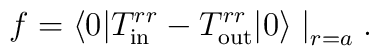
f =\langle 0|T^{rr}_{\rm in}-T^{rr}_{\rm out}|0\rangle\bigm |_{r=a}.